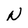
Character: N